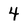
Character: 4